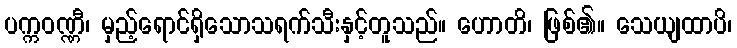
ပက္ကဝဏ္ဏီ၊ မှည့်ရောင်ရှိသောသရက်သီးနှင့်တူသည်။ ဟောတိ၊ ဖြစ်၏။ သေယျထာပိ၊